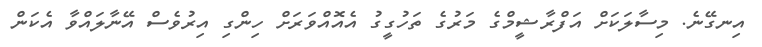
އިނގޭނެ. މިސާލަކަށް އަފްރާޝީމްގެ މަރުގެ ތަހުގީގު އެއޮއްވަރަށް ހިންގި އިރުވެސް އޭނާލައްވާ އެކަން